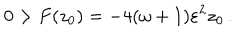
LaTeX: 0 > F ( z _ { 0 } ) = - 4 ( \omega + 1 ) \varepsilon ^ { 2 } z _ { 0 } \, .